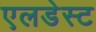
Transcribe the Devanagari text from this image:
एलडेस्ट